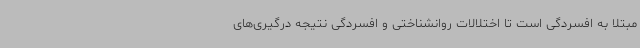
مبتلا به افسردگی است تا اختلالات روانشناختی و افسردگی نتیجه درگیری‌های